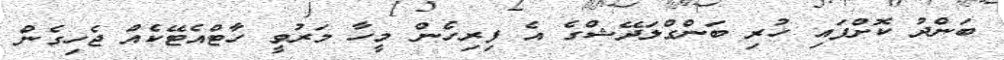
ބަންދު ކޮށްފައި ހުރި ބަންގްލަދޭޝްގެ އެ ފިިރިހެން މީހާ މަރުވީ ހާޓްއެޓޭކެއް ޖެހިގެން